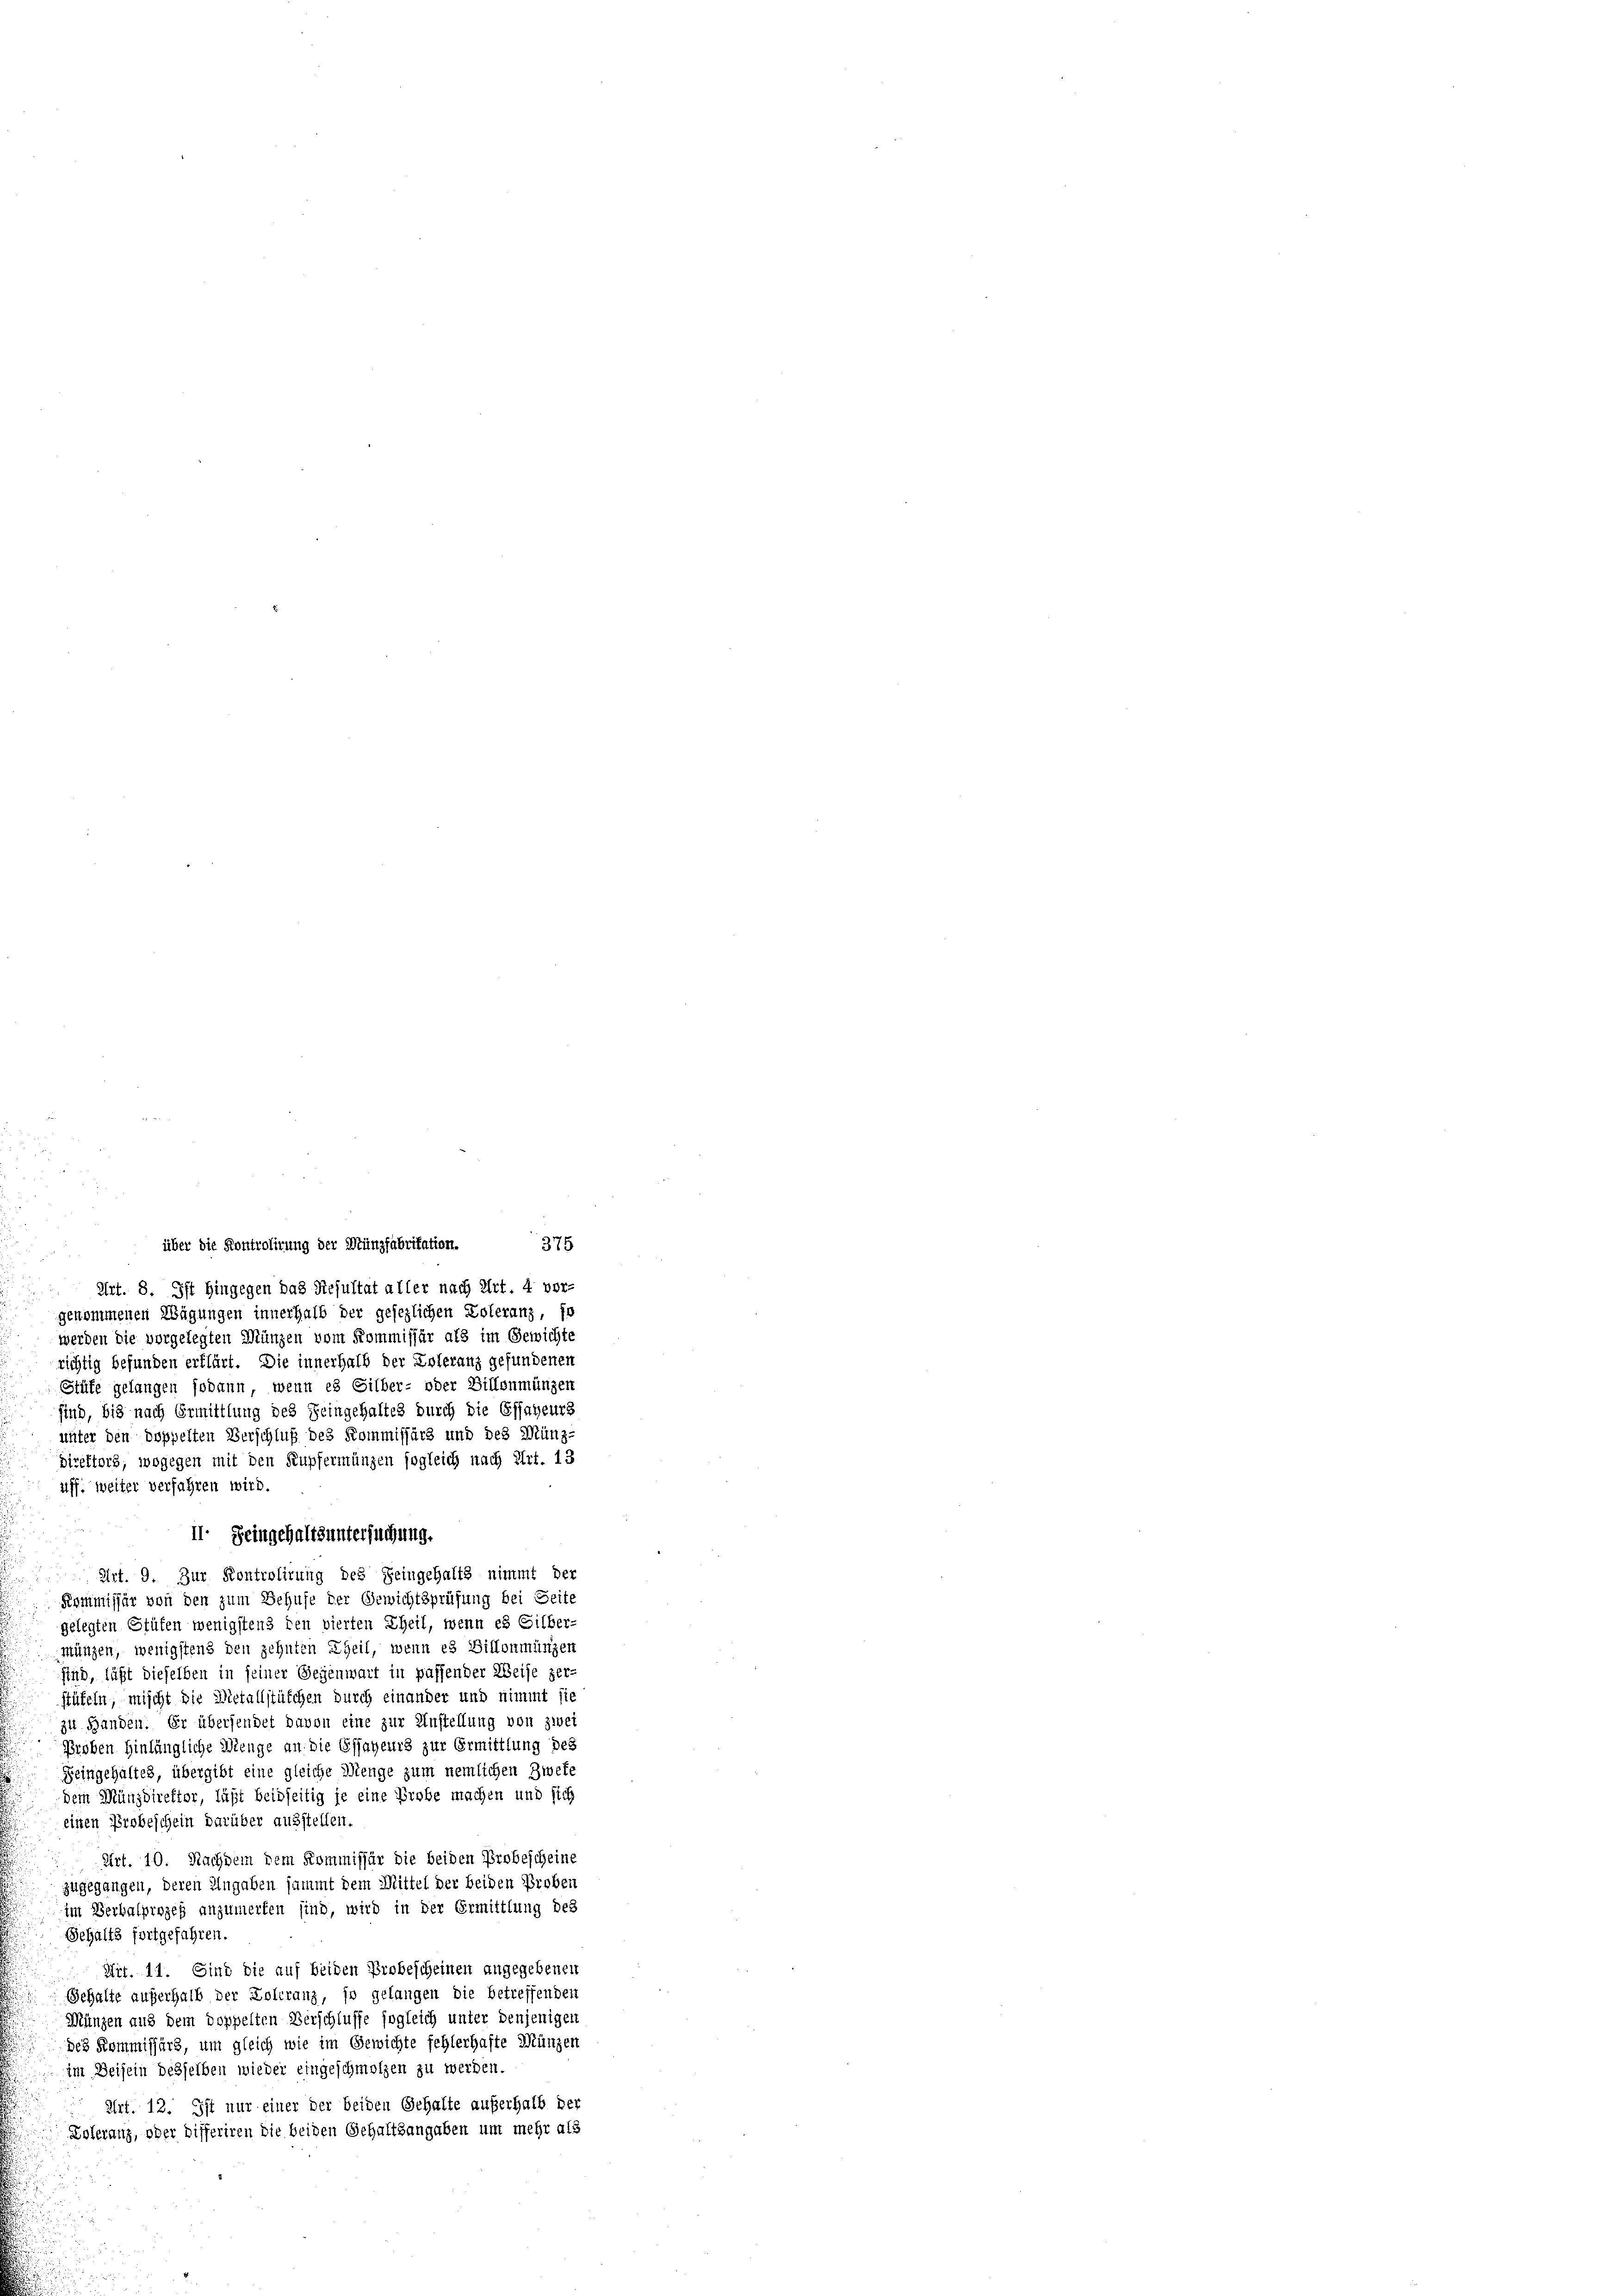
über die Kontrolirung der Münzfabrikation. 375
Art. 8. Ist hingegen das Resultat aller nach Art. 4 ver-
gekommenen Wägungen innerhalb der gesezlichen Zoleranz, so
werden die vorgelegten Münzen vom Kommissär als im Gewichte
richtig befunden erklärt. Die innerhalb der Eoleranz gefundenen
Stüfe gelangen sodann, wenn es Silber- oder Villonmünzen
sind, bis nach Ermittlung des Feingehaltes durch die Öffnheurs
unter den doppelten Verschluß des Kommissärs und des Münz-
direktors, wogegen mit den Kupfermünzen sogleich nach Art. 13
uff, weiter verfahren wird.
II. Seingehaltsuntersuchung.
Art. 9. Zur Kontrolirung des Feingehalts nimmt der
Kommissär von den zum Behufe der Gewichtsprüfung bei Seite
gelegten Grüten wenigstens den vierten Theil, wenn es Gilber-
münzen, wenigstens den zehnten Theil, wenn es Sillonmünzen
sind, läßt dieselben in seiner Gegenwart in paffender Weise zer-
stäfeln, mischt die Metallstüfchen durch einander und nimmt sie
zu Handen. Er übersendet davon eine zur Anstellung von zwei
Proben hinlängliche Menge an die Essayeurs zur Ermittlung des
Feingehaltes, übergibt eine gleiche Menge zum nemlichen Zwete
dem Münzdirektor, läßt beidseitig je eine Probe machen und sich
einen Probeschein darüber ausstellen.
Art. 10. Nachdem dem Kommissär die beiden Probescheine
zugegangen, deren Angaben sammt dem Mittel der beiden Proben
im Berbalprozeß anzumerken sind, wird in der Ermittlung des
Gehalts fortgefahren.
Art. 11. Sind die auf beiden Erobescheinen angegebenen
Gehalte außerhalb der Koleranz, so gelangen die betreffenden
Münzen aus dem doppelten Verschlusse sogleich unter denjenigen
des Kommissärs, um gleich wie im Gewichte fehlerhafte Münzen
im Beisein desselben wieder eingeschmolzen zu werden.
Art. 12. Ist nur einer der beiden Gehalte auferhalb der
Loleranz, oder differiren die beiden Gehaltsangaben um mehr als